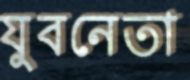
যুবনেতা